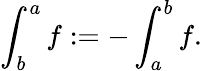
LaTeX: \int_{b}^{a}f:=-\int_{a}^{b}f.